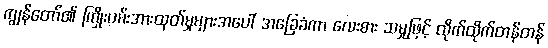
ကျွန်တော်၏ ကြိုးပမ်းအားထုတ်မှုများအပေါ် အခြေခံကာ လေးစား သမှုဖြင့် ထိုက်ထိုက်တန်တန်